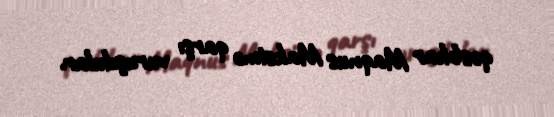
qəsbkar Maqnus Maksimə qarşı vuruşdular.